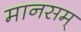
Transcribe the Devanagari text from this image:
मानसम्